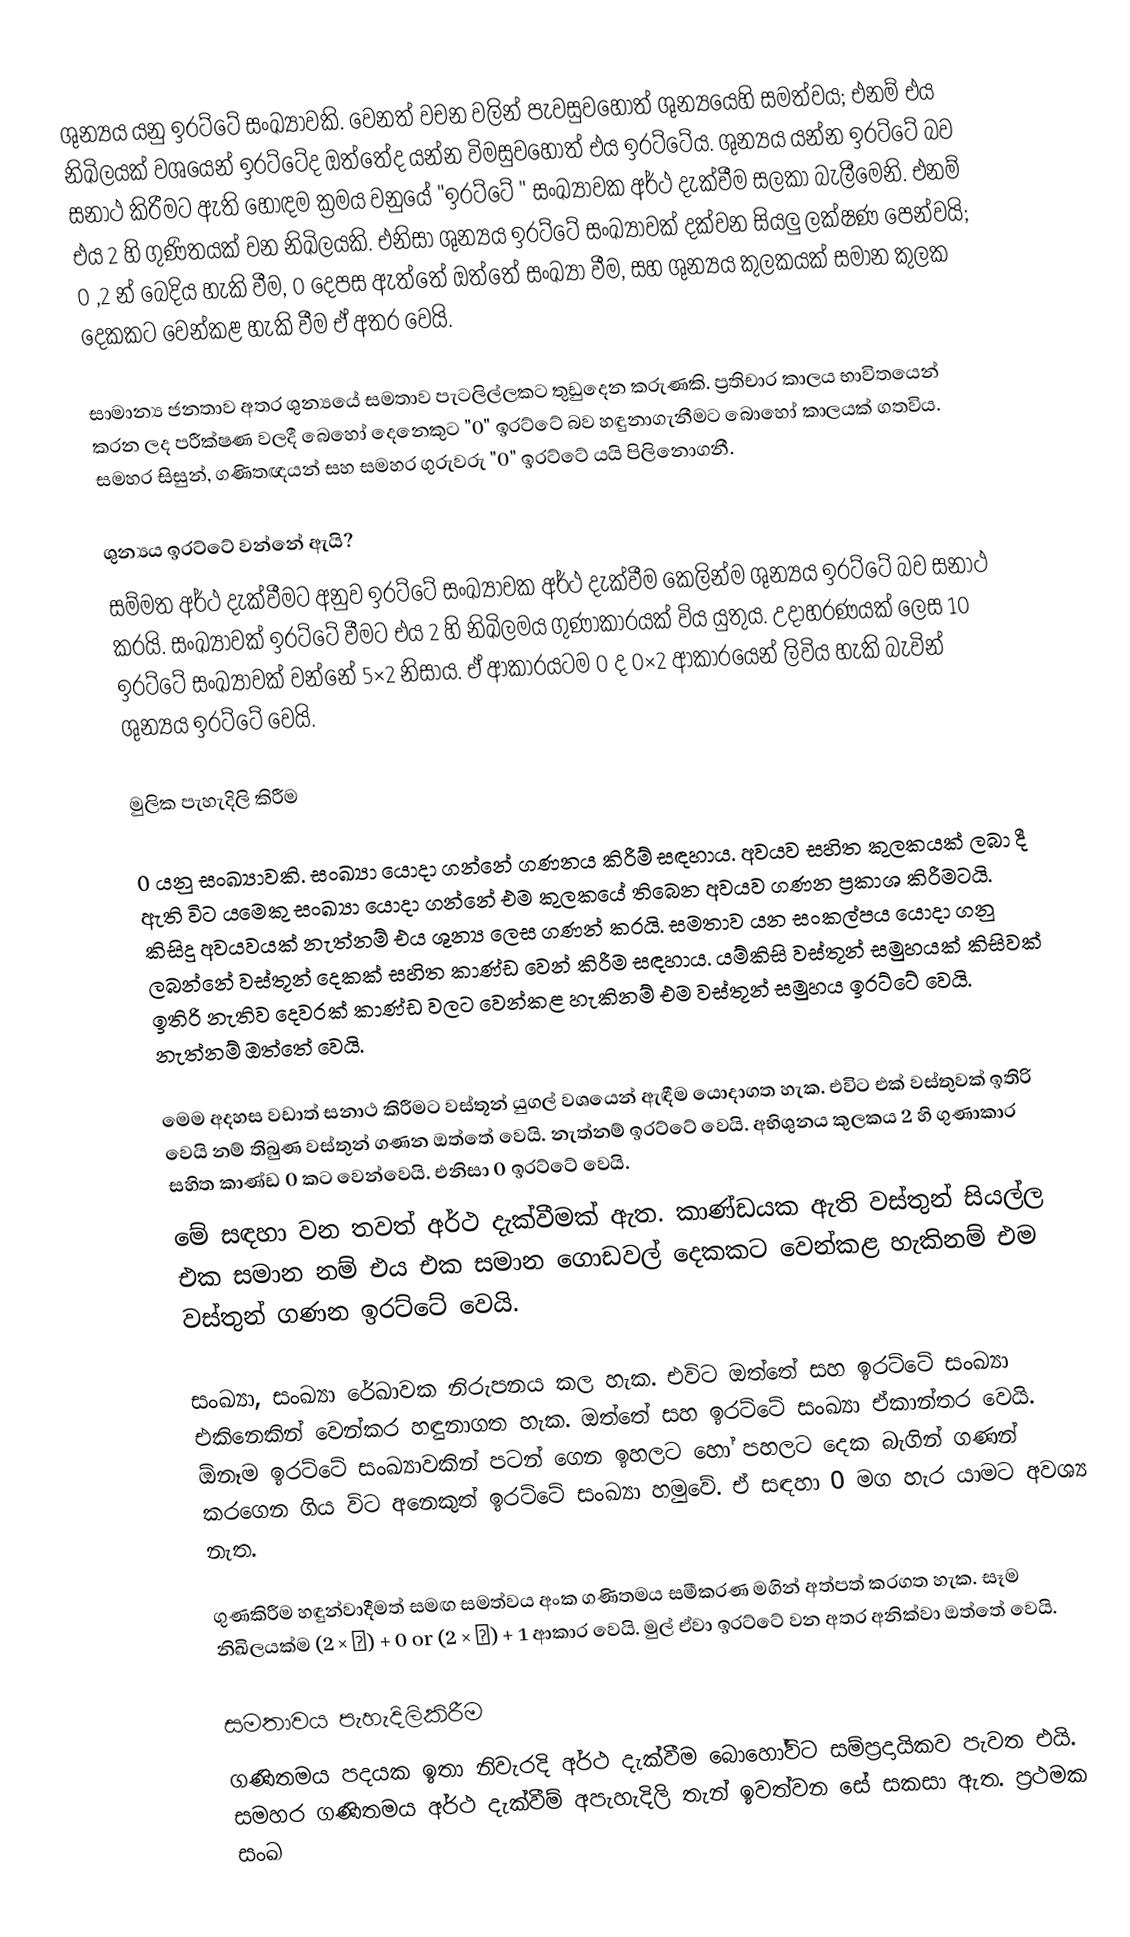
ශුන්‍යය යනු ඉරට්ටේ සංඛ්‍යාවකි. වෙනත් වචන වලින් පැවසුවහොත් ශුන්‍යයෙහි සමත්වය; එනම් එය නිඛිලයක් වශයෙන් ඉරට්ටේද ඔත්තේද යන්න විමසුවහොත් එය ඉරට්ටේය. ශුන්‍යය යන්න ඉරට්ටේ බව සනාථ කිරීමට ඇති හොඳම ක්‍රමය වනුයේ "ඉරට්ටේ " සංඛ්‍යාවක අර්ථ දැක්වීම සලකා බැලීමෙනි. එනම් එය 2 හි ගුණිතයක් වන නිඛිලයකි. එනිසා ශුන්‍යය ඉරට්ටේ සංඛ්‍යාවක් දක්වන සියලු ලක්ෂණ පෙන්වයි; 0 ,2 න් බෙදිය හැකි වීම, 0 දෙපස ඇත්තේ ඔත්තේ සංඛ්‍යා වීම, සහ ශුන්‍යය කුලකයක් සමාන කුලක දෙකකට වෙන්කළ හැකි වීම ඒ අතර වෙයි.

සාමාන්‍ය ජනතාව‍ අතර ශුන්‍යයේ සමතාව පැටලිල්ලකට තුඩුදෙන කරුණකි. ප්‍රතිචාර කාලය භාවිතයෙන් කරන ලද පරීක්ෂණ වලදී බෙහෝ දෙනෙකුට "0" ඉරට්ටේ බව හඳුනාගැනීමට බොහෝ කාලයක් ගතවිය. සමහර සිසුන්, ගණිතඥයන් සහ සමහර ගුරුවරු "0" ඉරට්ටේ යයි පිලිනොගනී.

ශුන්‍යය ඉරට්ටේ වන්නේ ඇයි?
සම්මත අර්ථ දැක්වීමට අනුව ඉරට්ටේ සංඛ්‍යාවක අර්ථ දැක්වීම කෙලින්ම ශුන්‍යය ඉරට්ටේ බව සනාථ  කරයි. සංඛ්‍යාවක් ඉරට්ටේ වීමට එය 2 හි නිඛිලමය ගුණාකාරයක් විය යුතුය. උදාහරණයක්‌ ලෙස 10 ඉරට්ටේ සංඛ්‍යාවක් වන්නේ 5×2 නිසාය. ඒ ආකාරයටම 0 ද 0×2 ආකාරයෙන් ලිවිය හැකි බැවින් ශුන්‍යය ඉරට්ටේ වෙයි.

මුලික පැහැදිලි කිරීම

0 යනු සංඛ්‍යාවකි. සංඛ්‍යා යොදා ගන්නේ ගණනය කිරීම් සඳහාය. අවයව සහිත කුලකයක් ලබා දී ඇති විට යමෙකු සංඛ්‍යා යොදා ගන්නේ එම කුලකයේ තිබෙන අවයව ගණන ප්‍රකාශ කිරීමටයි. කිසිදු අවයවයක් නැත්නම් එය ශුන්‍ය ලෙස ගණන් කරයි. සමතාව යන සංකල්පය යොදා ගනු ලබන්නේ වස්තූන් දෙකක් සහිත කාණ්ඩ වෙන් කිරීම සඳහාය. යම්කිසි වස්තූන් සමුහයක් කිසිවක් ඉතිරි නැතිව දෙවරක් කාණ්ඩ වලට වෙන්කළ හැකිනම් එම වස්තූන් සමුහය ඉරට්ටේ වෙයි. නැත්නම් ඔත්තේ වෙයි.

මෙම අදහස වඩාත් සනාථ කිරීමට වස්තූන් යුගල් වශයෙන් ඇඳීම යොදාගත හැක. එවිට එක් වස්තුවක් ඉතිරි වෙයි නම් තිබුණ වස්තුන් ගණන ඔත්තේ වෙයි. නැත්නම් ඉරට්ටේ වෙයි. අභිශුනය කුලකය 2 හි ගුණාකාර සහිත කාණ්ඩ 0 කට වෙන්වෙයි. එනිසා 0 ඉරට්ටේ වෙයි.
මේ සඳහා වන තවත් අර්ථ දැක්වීමක් ඇත. කාණ්ඩයක ඇති වස්තුන් සියල්ල එක සමාන නම් එය එක සමාන ගොඩවල් දෙකකට වෙන්කළ හැකිනම් එම වස්තුන් ගණන ඉරට්ටේ වෙයි.

සංඛ්‍යා, සංඛ්‍යා රේඛාවක නිරුපනය කල හැක. එවිට ඔත්තේ සහ ඉරට්ටේ සංඛ්‍යා එකිනෙකින් වෙන්කර හඳුනාගත හැක. ඔත්තේ සහ ඉරට්ටේ සංඛ්‍යා ඒකාන්තර වෙයි. ඕනෑම ඉරට්ටේ සංඛ්‍යාවකින් පටන් ගෙන ඉහලට හෝ පහලට දෙක බැගින් ගණන් කරගෙන ගිය විට අනෙකුත් ඉරට්ටේ සංඛ්‍යා හමුවේ. ඒ සඳහා 0 මග හැර යාමට අවශ්‍ය නැත.

ගුණකිරීම  හඳුන්වාදීමත් සමඟ සමත්වය අංක ගණිතමය සමීකරණ මගින් අත්පත් කරගත හැක. සෑම නිඛිලයක්ම (2 × ▢) + 0 or (2 × ▢) + 1 ආකාර වෙයි. මුල් ඒවා ඉරට්ටේ වන අතර අනික්වා ඔත්තේ වෙයි.

සමතාවය පැහැදිලිකිරීම
ගණිතමය පදයක ඉතා නිවැරදි අර්ථ දැක්වීම බොහෝවිට සම්ප්‍රදායිකව පැවත එයි. සමහර ගණිතමය අර්ථ දැක්වීම් අපැහැදිලි තැන් ඉවත්වන සේ සකසා ඇත. ප්‍රථමක සංඛ